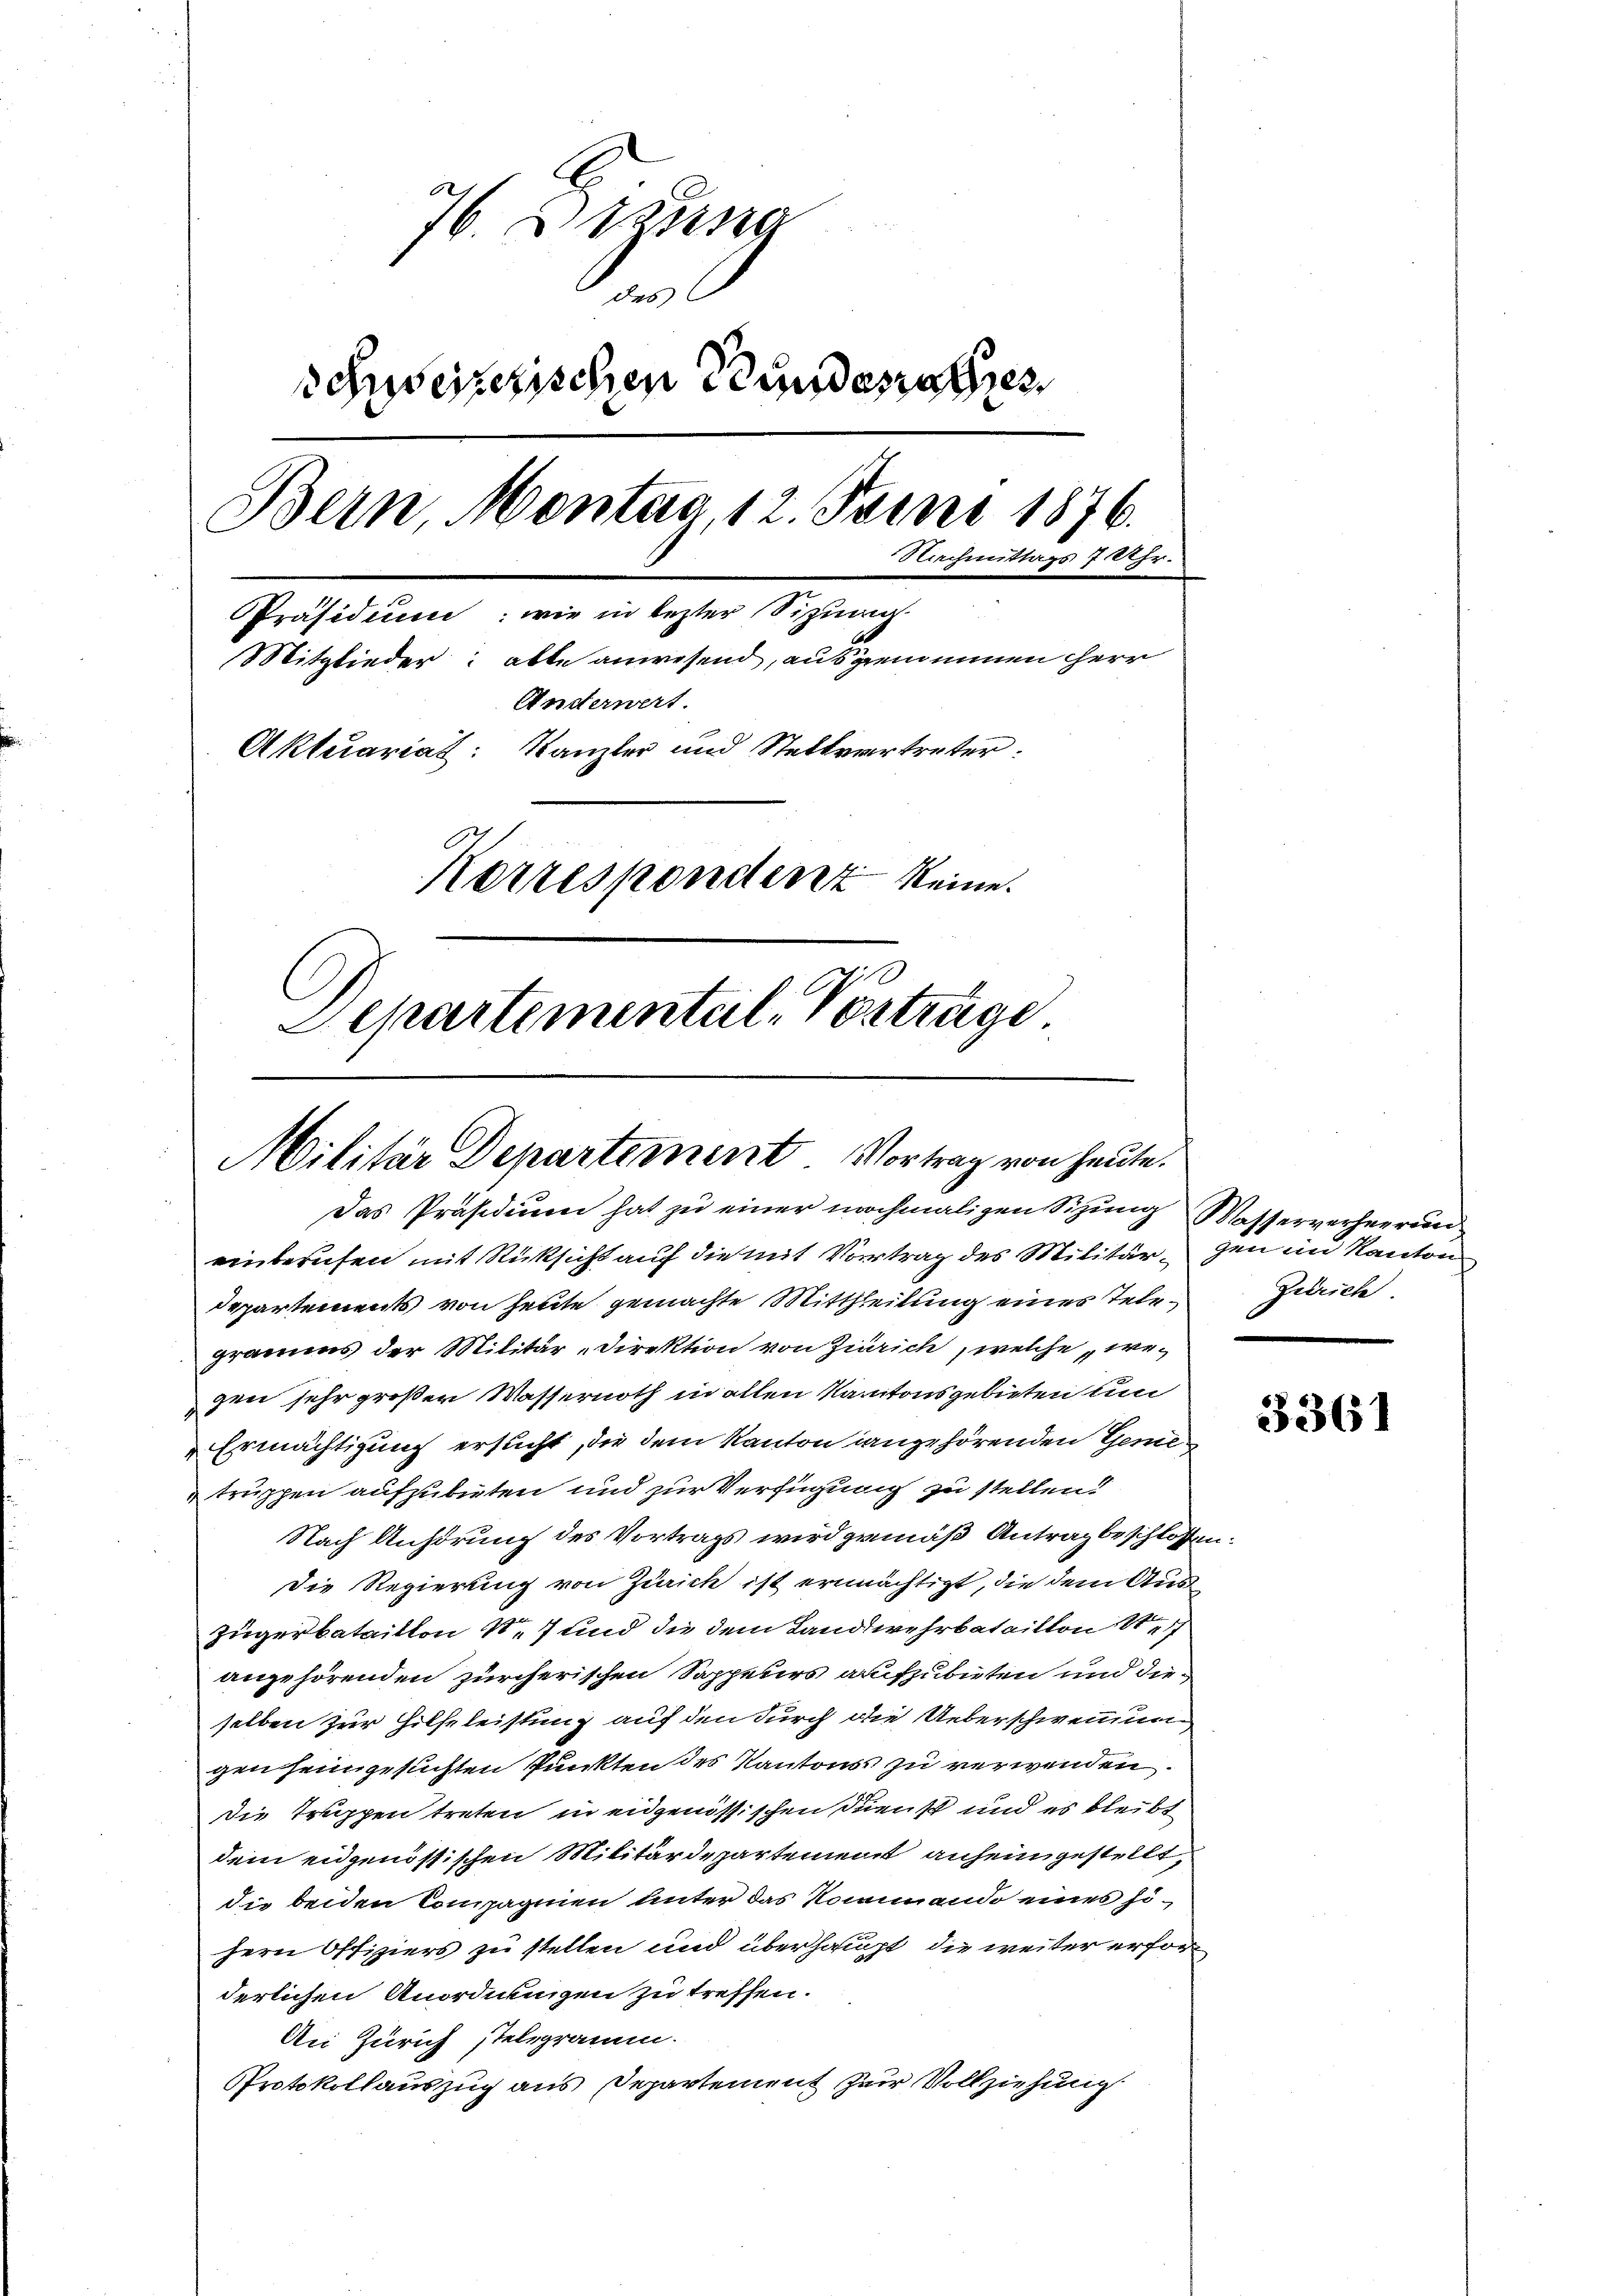
76. Braung
des
Schweizerischen Stundesrathes
Bern, Montag, 12. Juni 1876.
Nachmittags 7 Uhr.
Präsidium: wie in lezter Sitzung.
Mitglieder: abte anwesend, ausgenommen herr
Änderwert.
Aktuariat: Kanzler und Stellvertreter:
Korrespondert keine.
Departemental-Verträge.

Militär Departement Vortrag von heute.
Das Präsidium hat zu einer nochmaligen Sitzung Wasserverheerun

einberufen mit Rücksicht auf die mit Vortrag des Militär, den im Kanton
Departements von heute gemachte Mittheilung eines Telegramms der Militär-Direktion von Zürich, welche wegen sehr großer Wassernoth in allen Kantonsgebieten um
Ermächtigung ersucht, die dem Kanton angehörenden Genietruppen aufzubieten und zur Verfügung zu stellen.
Nach Anhörung des Vortrags wird gemäß Antrag beschlossen.
die Regierung von Zürich ist ermächtigt, die dem Aus¬
Zügerbataillon 17 und die dem Landwehrbataillon 1
angehörenden zürcherischen Sappeurs aufzubieten und dieselben zur Hilfeleistung auf den durch die Ueberschwemmun
gen sein gesuchten Punkten des Kantons zu verwenden.
die Truppen treten in eidgenössischen Dienst und es bleibt
dem eidgenössischen Militärdepartement anheimgestellt,
die beiden Compagnien unter das Kommando eines sihern Offiziers zu stellen und überhaupt, die weiter erforderlichen Anordnungen zu treffen.
An Zürich stelegramm.
Protokollauszug aus Departement zur Vollziehung

Zürich

3361